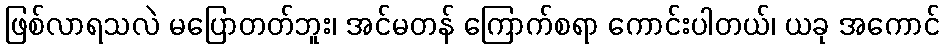
ဖြစ်လာရသလဲ မပြောတတ်ဘူး၊ အင်မတန် ကြောက်စရာ ကောင်းပါတယ်၊ ယခု အကောင်